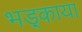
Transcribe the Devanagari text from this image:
भड़्काया